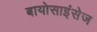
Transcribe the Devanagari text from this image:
बायोसाइंसेज